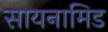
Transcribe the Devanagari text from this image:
सायनामिड